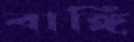
বাঙ্গি